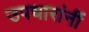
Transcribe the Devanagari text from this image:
उपचारांनीं